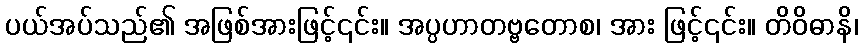
ပယ်အပ်သည်၏ အဖြစ်အားဖြင့်၎င်း။ အပ္ပဟာတဗ္ဗတောစ၊ အား ဖြင့်၎င်း။ တိဝိဓာနိ၊